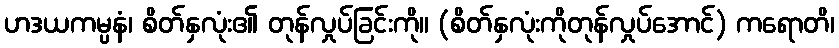
ဟဒယကမ္ပနံ၊ စိတ်နှလုံး၏ တုန်လှုပ်ခြင်းကို။ (စိတ်နှလုံးကိုတုန်လှုပ်အောင်) ကရောတိ၊